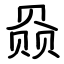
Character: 赑